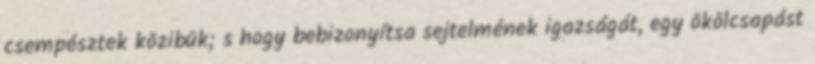
csempésztek közibük; s hogy bebizonyítsa sejtelmének igazságát, egy ökölcsapást